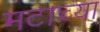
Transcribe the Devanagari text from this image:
मटाच्या